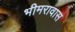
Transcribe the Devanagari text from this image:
भीमरावास